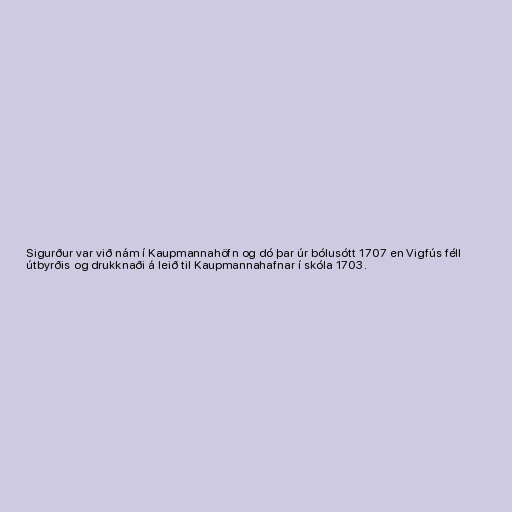
Sigurður var við nám í Kaupmannahöfn og dó þar úr bólusótt 1707 en Vigfús féll
útbyrðis og drukknaði á leið til Kaupmannahafnar í skóla 1703.